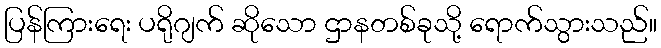
ပြန်ကြားရေး ပရိုဂျက် ဆိုသော ဌာနတစ်ခုသို့ ရောက်သွားသည်။